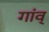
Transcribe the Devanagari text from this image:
गांव्